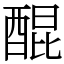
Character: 醌